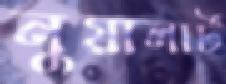
নুয়ালার্ট